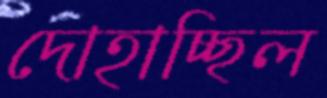
দোহাচ্ছিল